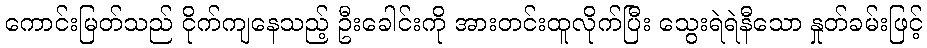
ကောင်းမြတ်သည် ငိုက်ကျနေသည့် ဦးခေါင်းကို အားတင်းထူလိုက်ပြီး သွေးရဲရဲနီသော နှုတ်ခမ်းဖြင့်